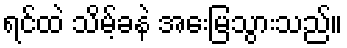
ရင်ထဲ သိမ့်ခနဲ အေးမြသွားသည်။